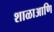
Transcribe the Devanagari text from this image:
शाळाआणि